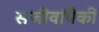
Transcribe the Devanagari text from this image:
सजीवांपैकी